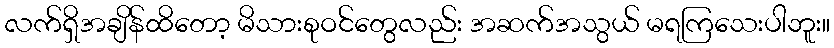
လက်ရှိအချိန်ထိတော့ မိသားစုဝင်တွေလည်း အဆက်အသွယ် မရကြသေးပါဘူး။